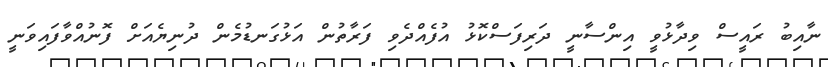
ނާއިބު ރައީސް ވިދާޅުވީ އިންސާނީ ދަރިފަސްކޮޅު އުފެއްދެވި ފަރާތުން އަޅުގަނޑުމެން ދުނިޔެއަށް ފޮނުއްވާފައިވަނީ